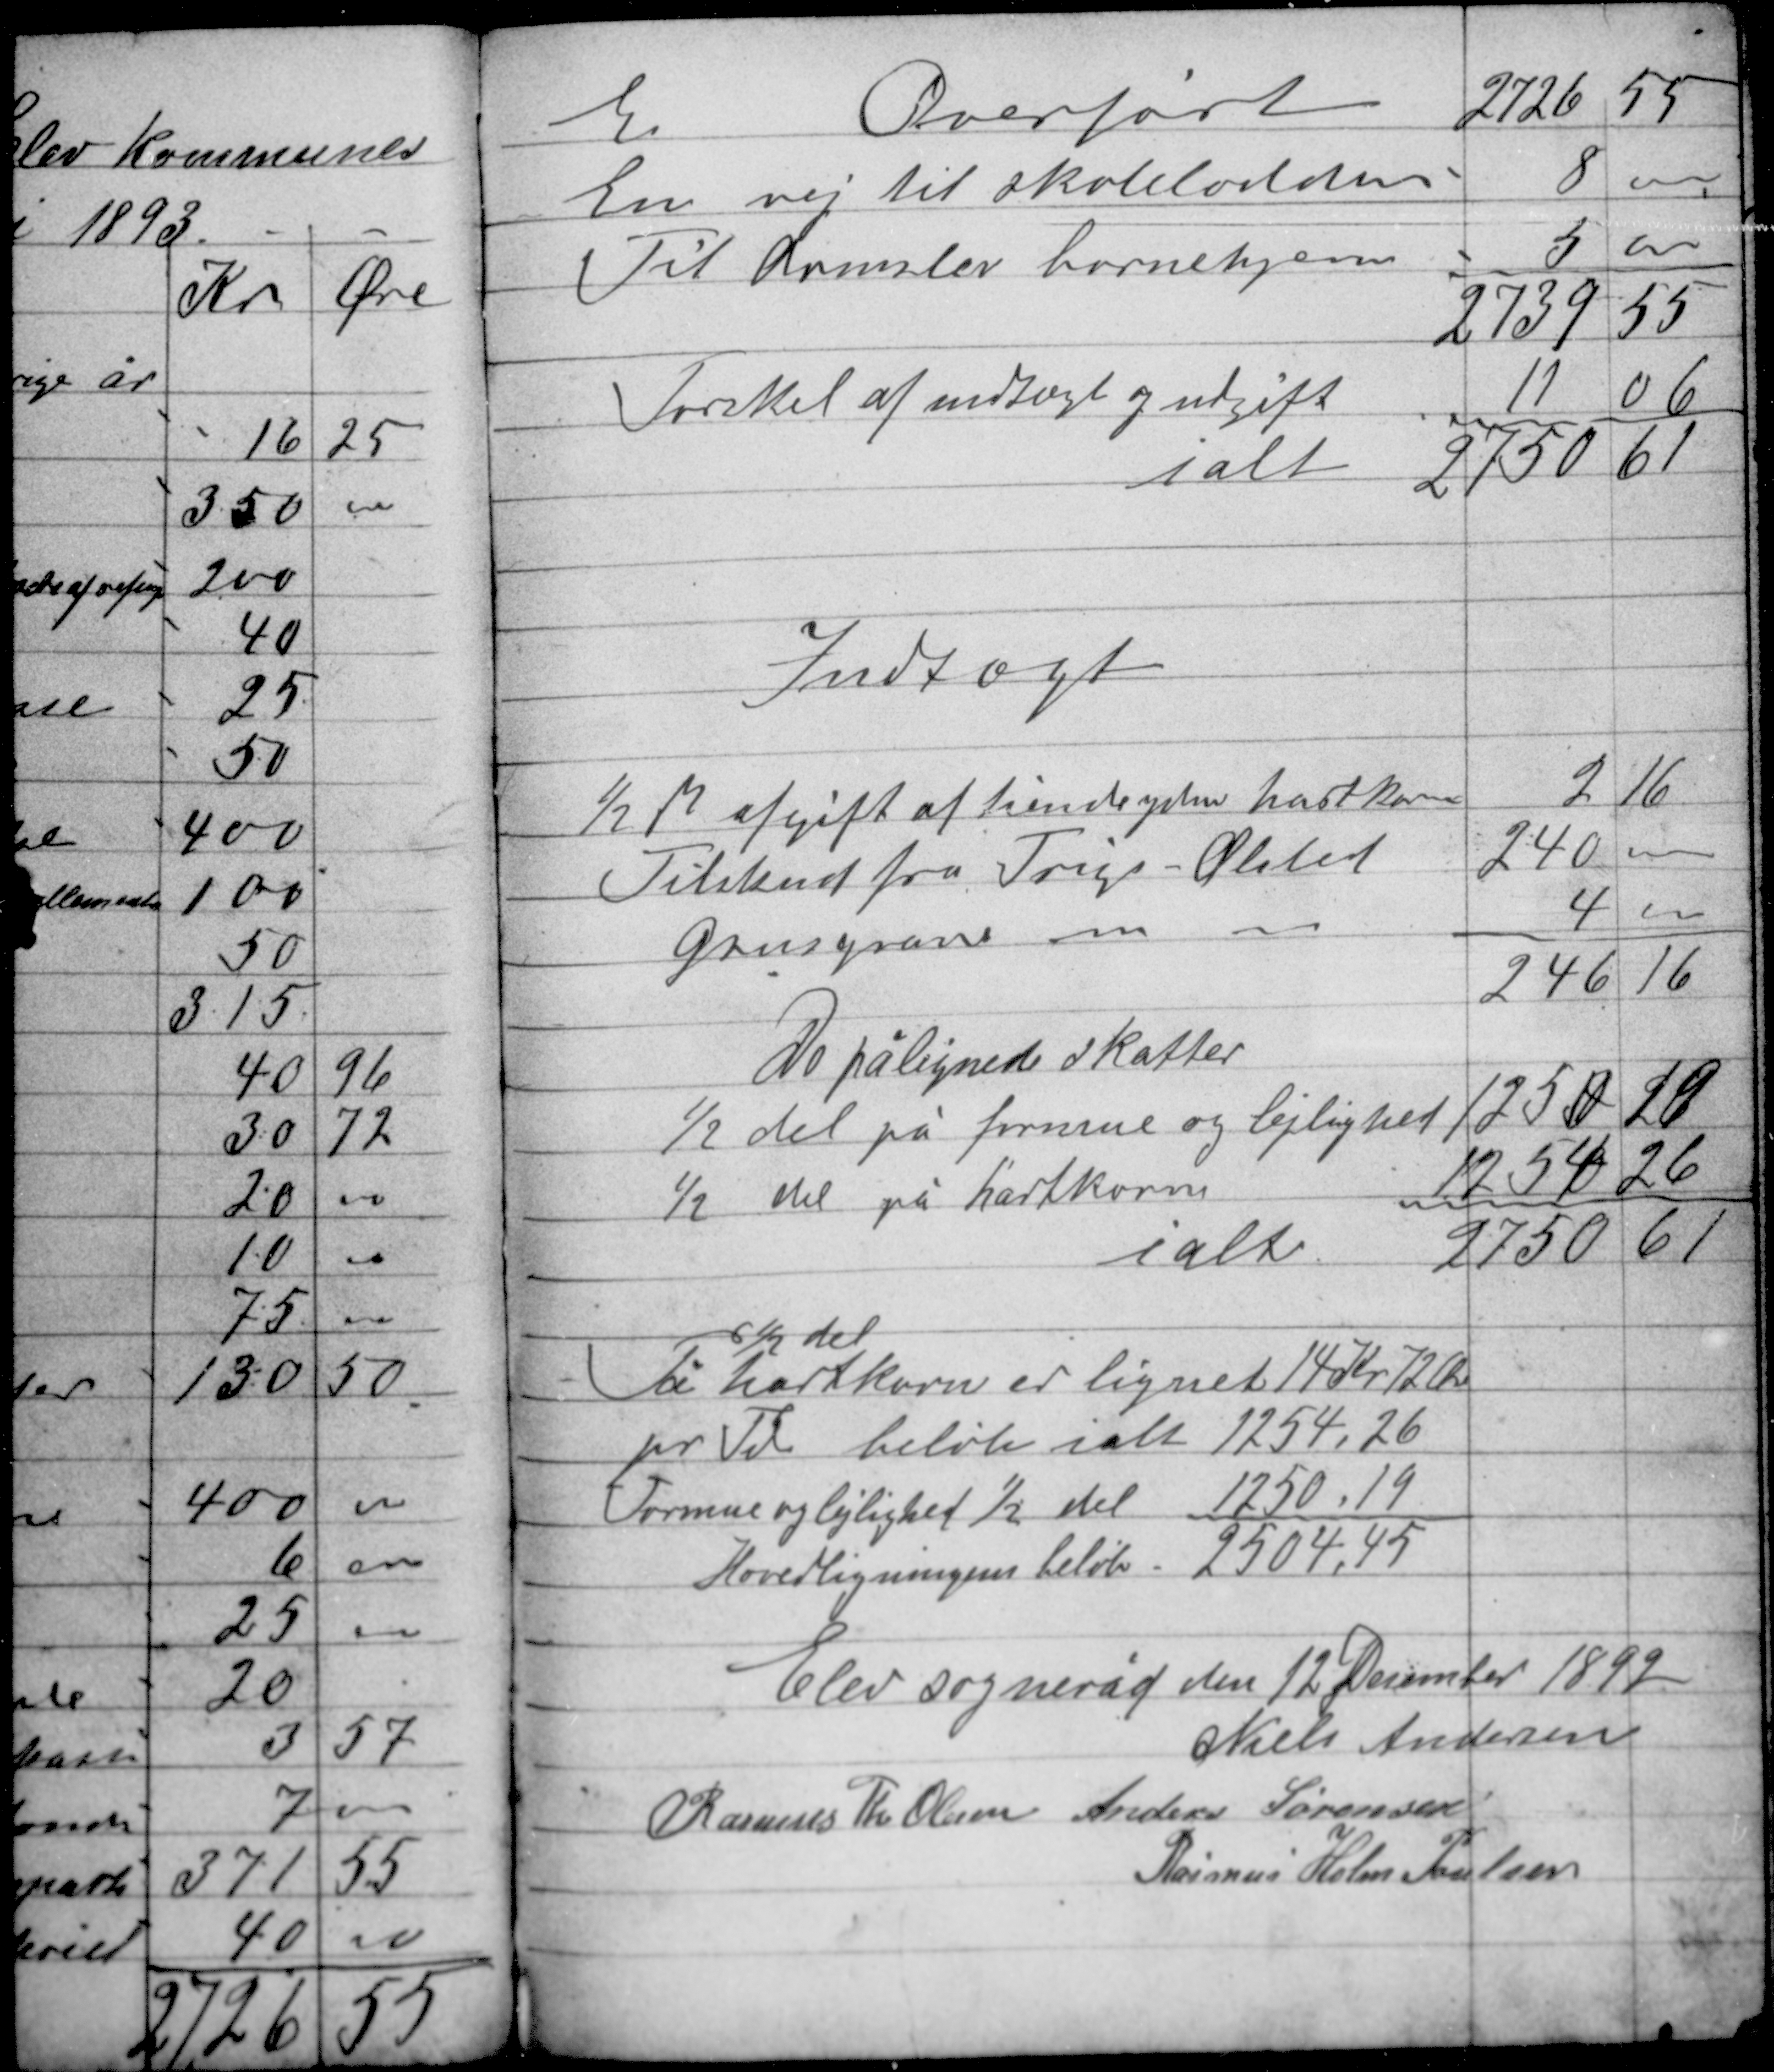
Transskription:
Indtægt

½ del
På hartkorn er lignet 14 Kr 72 Øre
pr Td beløb ialt 1254,26
Formue og lejlighed ½ del 1250,19
Hovedligningens beløb 2504,45

Elev sogneråd den 12 December 1892
Niels Andersen
Rasmus Th. Olesen Anders Sørensen
Rasmus Holm Poulsen